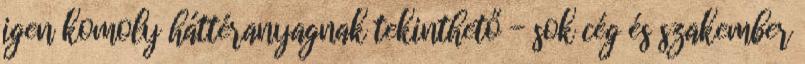
igen komoly háttéranyagnak tekinthető - sok cég és szakember